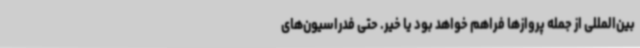
بین‌المللی از جمله پروازها فراهم خواهد بود یا خیر. حتی فدراسیون‌های